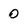
Character: 0